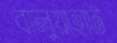
বালুয়াহাট